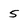
Character: 5